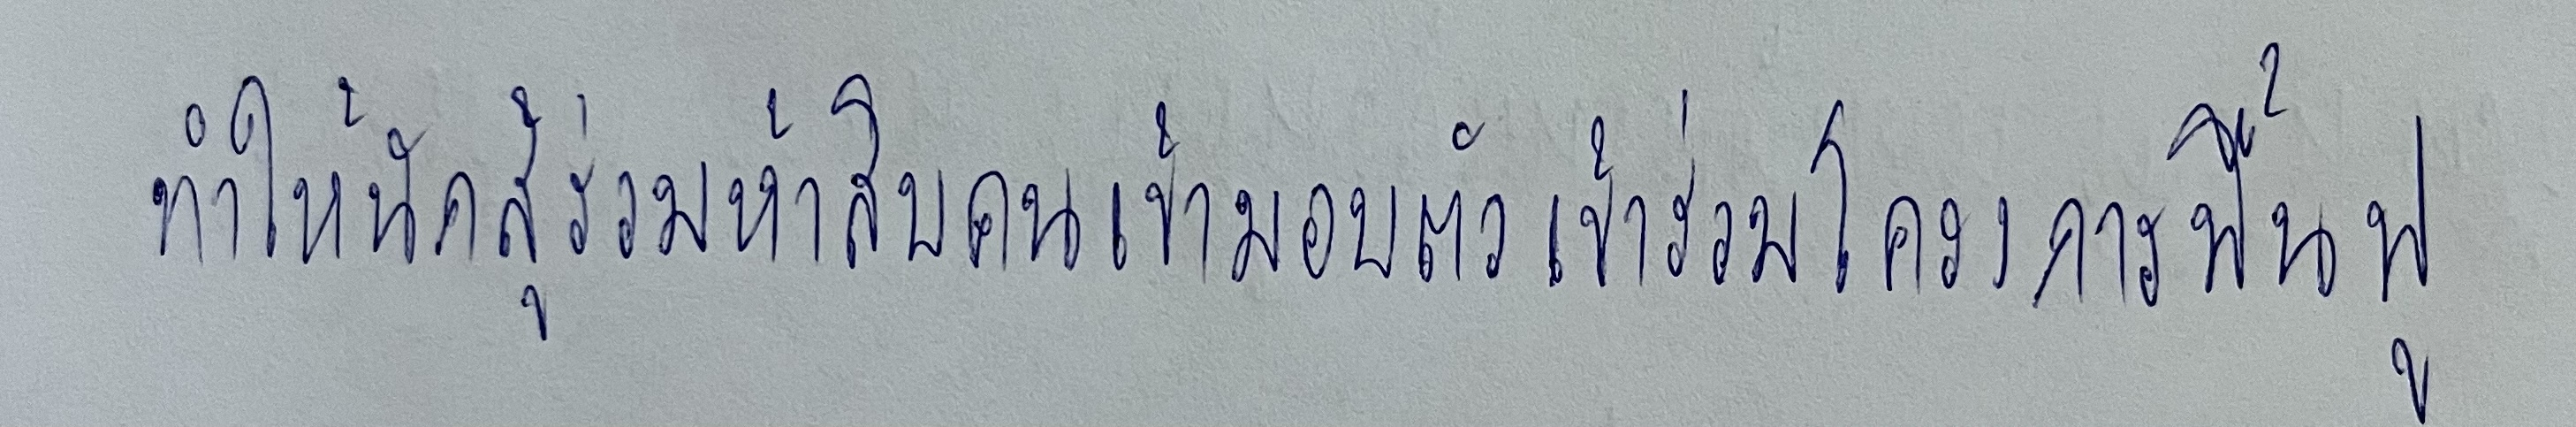
ทำให้นักสู้ร่วมห้าสิบคนเข้ามอบตัวเข้าร่วมโครงการฟื้นฟู